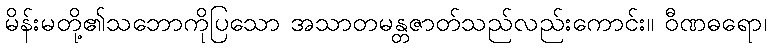
မိန်းမတို့၏သဘောကိုပြသော အသာတမန္တဇာတ်သည်လည်းကောင်း။ ဝီဏဓရော၊